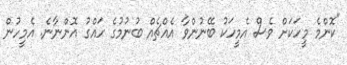
"ކޮންމެ މީހަކަށް ވެސް އެމީހަކު ބޭނުންވާ އެއްޗެއް ބުނުމުގެ ހައްގު އޮންނާނެ. އެމީހުން